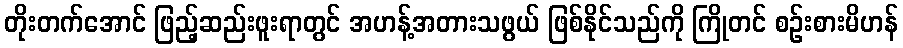
တိုးတက်အောင် ဖြည့်ဆည်းဖူးရာတွင် အဟန့်အတားသဖွယ် ဖြစ်နိုင်သည်ကို ကြိုတင် စဉ်းစားမိဟန်